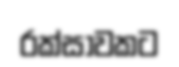
රක්සාවකට